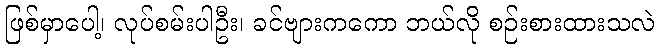
ဖြစ်မှာပေါ့၊ လုပ်စမ်းပါဦး၊ ခင်ဗျားကကော ဘယ်လို စဉ်းစားထားသလဲ